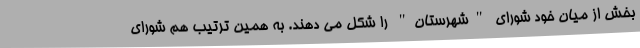
بخش از میان خود شورای "شهرستان" را شکل می دهند. به همین ترتیب هم شورای